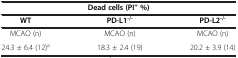
| <COLSPAN=3> Dead cells (PI+ %) |
 | WT | PD-L1-/- | PD-L2-/- |
 | --- | --- | --- |
 | MCAO (n) | MCAO (n) | MCAO (n) |
 | 24.3 ± 6.4 (12)a | 18.3 ± 2.4 (19) | 20.2 ± 3.9 (14) |